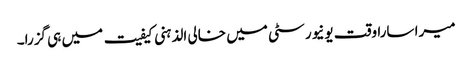
میرا سارا وقت یونیورسٹی میں خالی الذہنی کیفیت میں ہی گزرا۔